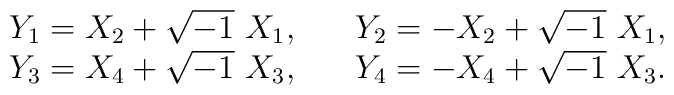
\begin{array}{ll}Y_1=X_2+\sqrt{-1}\ X_1,\quad & Y_2=-X_2+\sqrt{-1}\ X_1,\\Y_3=X_4+\sqrt{-1}\ X_3,\quad & Y_4=-X_4+\sqrt{-1}\ X_3.\end{array}